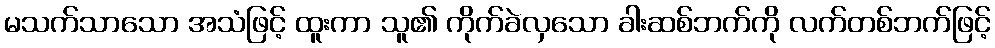
မသက်သာသော အသံဖြင့် ထူးကာ သူ၏ ကိုက်ခဲလှသော ခါးဆစ်ဘက်ကို လက်တစ်ဘက်ဖြင့်